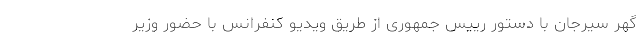
گهر سیرجان با دستور رییس جمهوری از طریق ویدیو کنفرانس با حضور وزیر